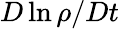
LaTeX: D\ln\rho/Dt